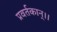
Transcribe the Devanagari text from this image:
प्रवर्तकान्।।